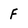
Character: F